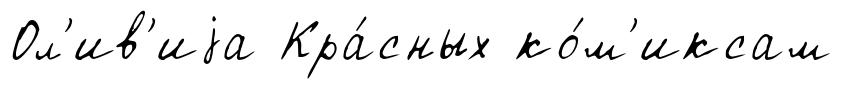
Ол'ив'иjа Кра́сных ко́м'иксам